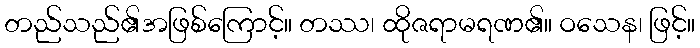
တည်သည်၏အဖြစ်ကြောင့်။ တဿ၊ ထိုဇရာမရဏ၏။ ဝသေန၊ ဖြင့်။